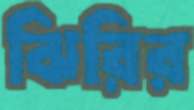
ঝিরির